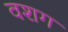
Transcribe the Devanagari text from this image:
वशग